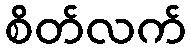
စိတ်လက်